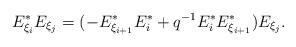
LaTeX: \begin{align*}E_{\xi_{i}}^{*} E_{\xi_{j}}= (-E_{\xi_{i + 1}}^{*} E_{i}^{*} + q^{-1} E_{i}^{*} E_{\xi_{i + 1}}^{*}) E_{\xi_{j}}.\end{align*}